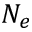
N _ { e }